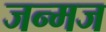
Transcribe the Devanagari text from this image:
जन्मज